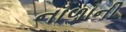
નાળાની